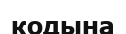
кодына